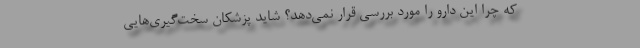
که چرا این دارو را مورد بررسی قرار نمی‌دهد؟ شاید پزشکان سخت‌گیری‌هایی